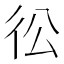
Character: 彸